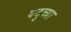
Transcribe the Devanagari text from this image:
यदुच्या